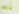
ذلك